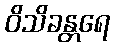
ဝိသိခန္တရေ